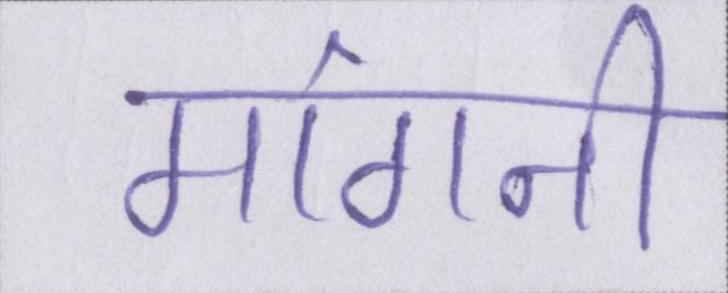
मांगनी